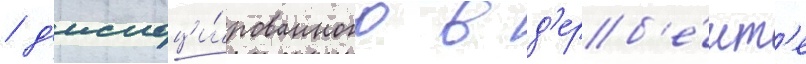
/ д'ислоци́рованного в д'ерб'е́нт'е